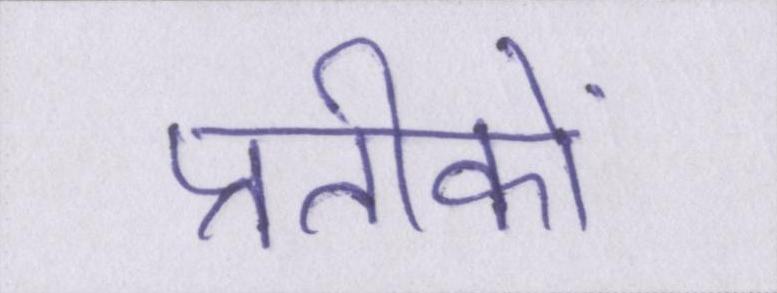
प्रतीकों